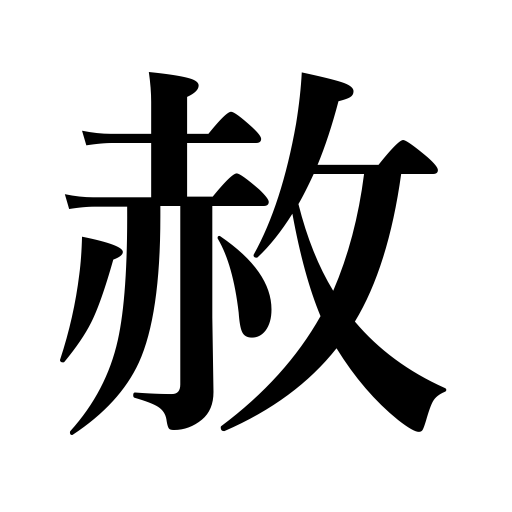
Meanings: forgiveness